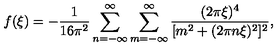
f ( \xi ) = - \frac { 1 } { 1 6 \pi ^ { 2 } } \sum _ { n = - \infty } ^ { \infty } \sum _ { m = - \infty } ^ { \infty } \frac { ( 2 \pi \xi ) ^ { 4 } } { [ m ^ { 2 } + ( 2 \pi n \xi ) ^ { 2 } ] ^ { 2 } } ,